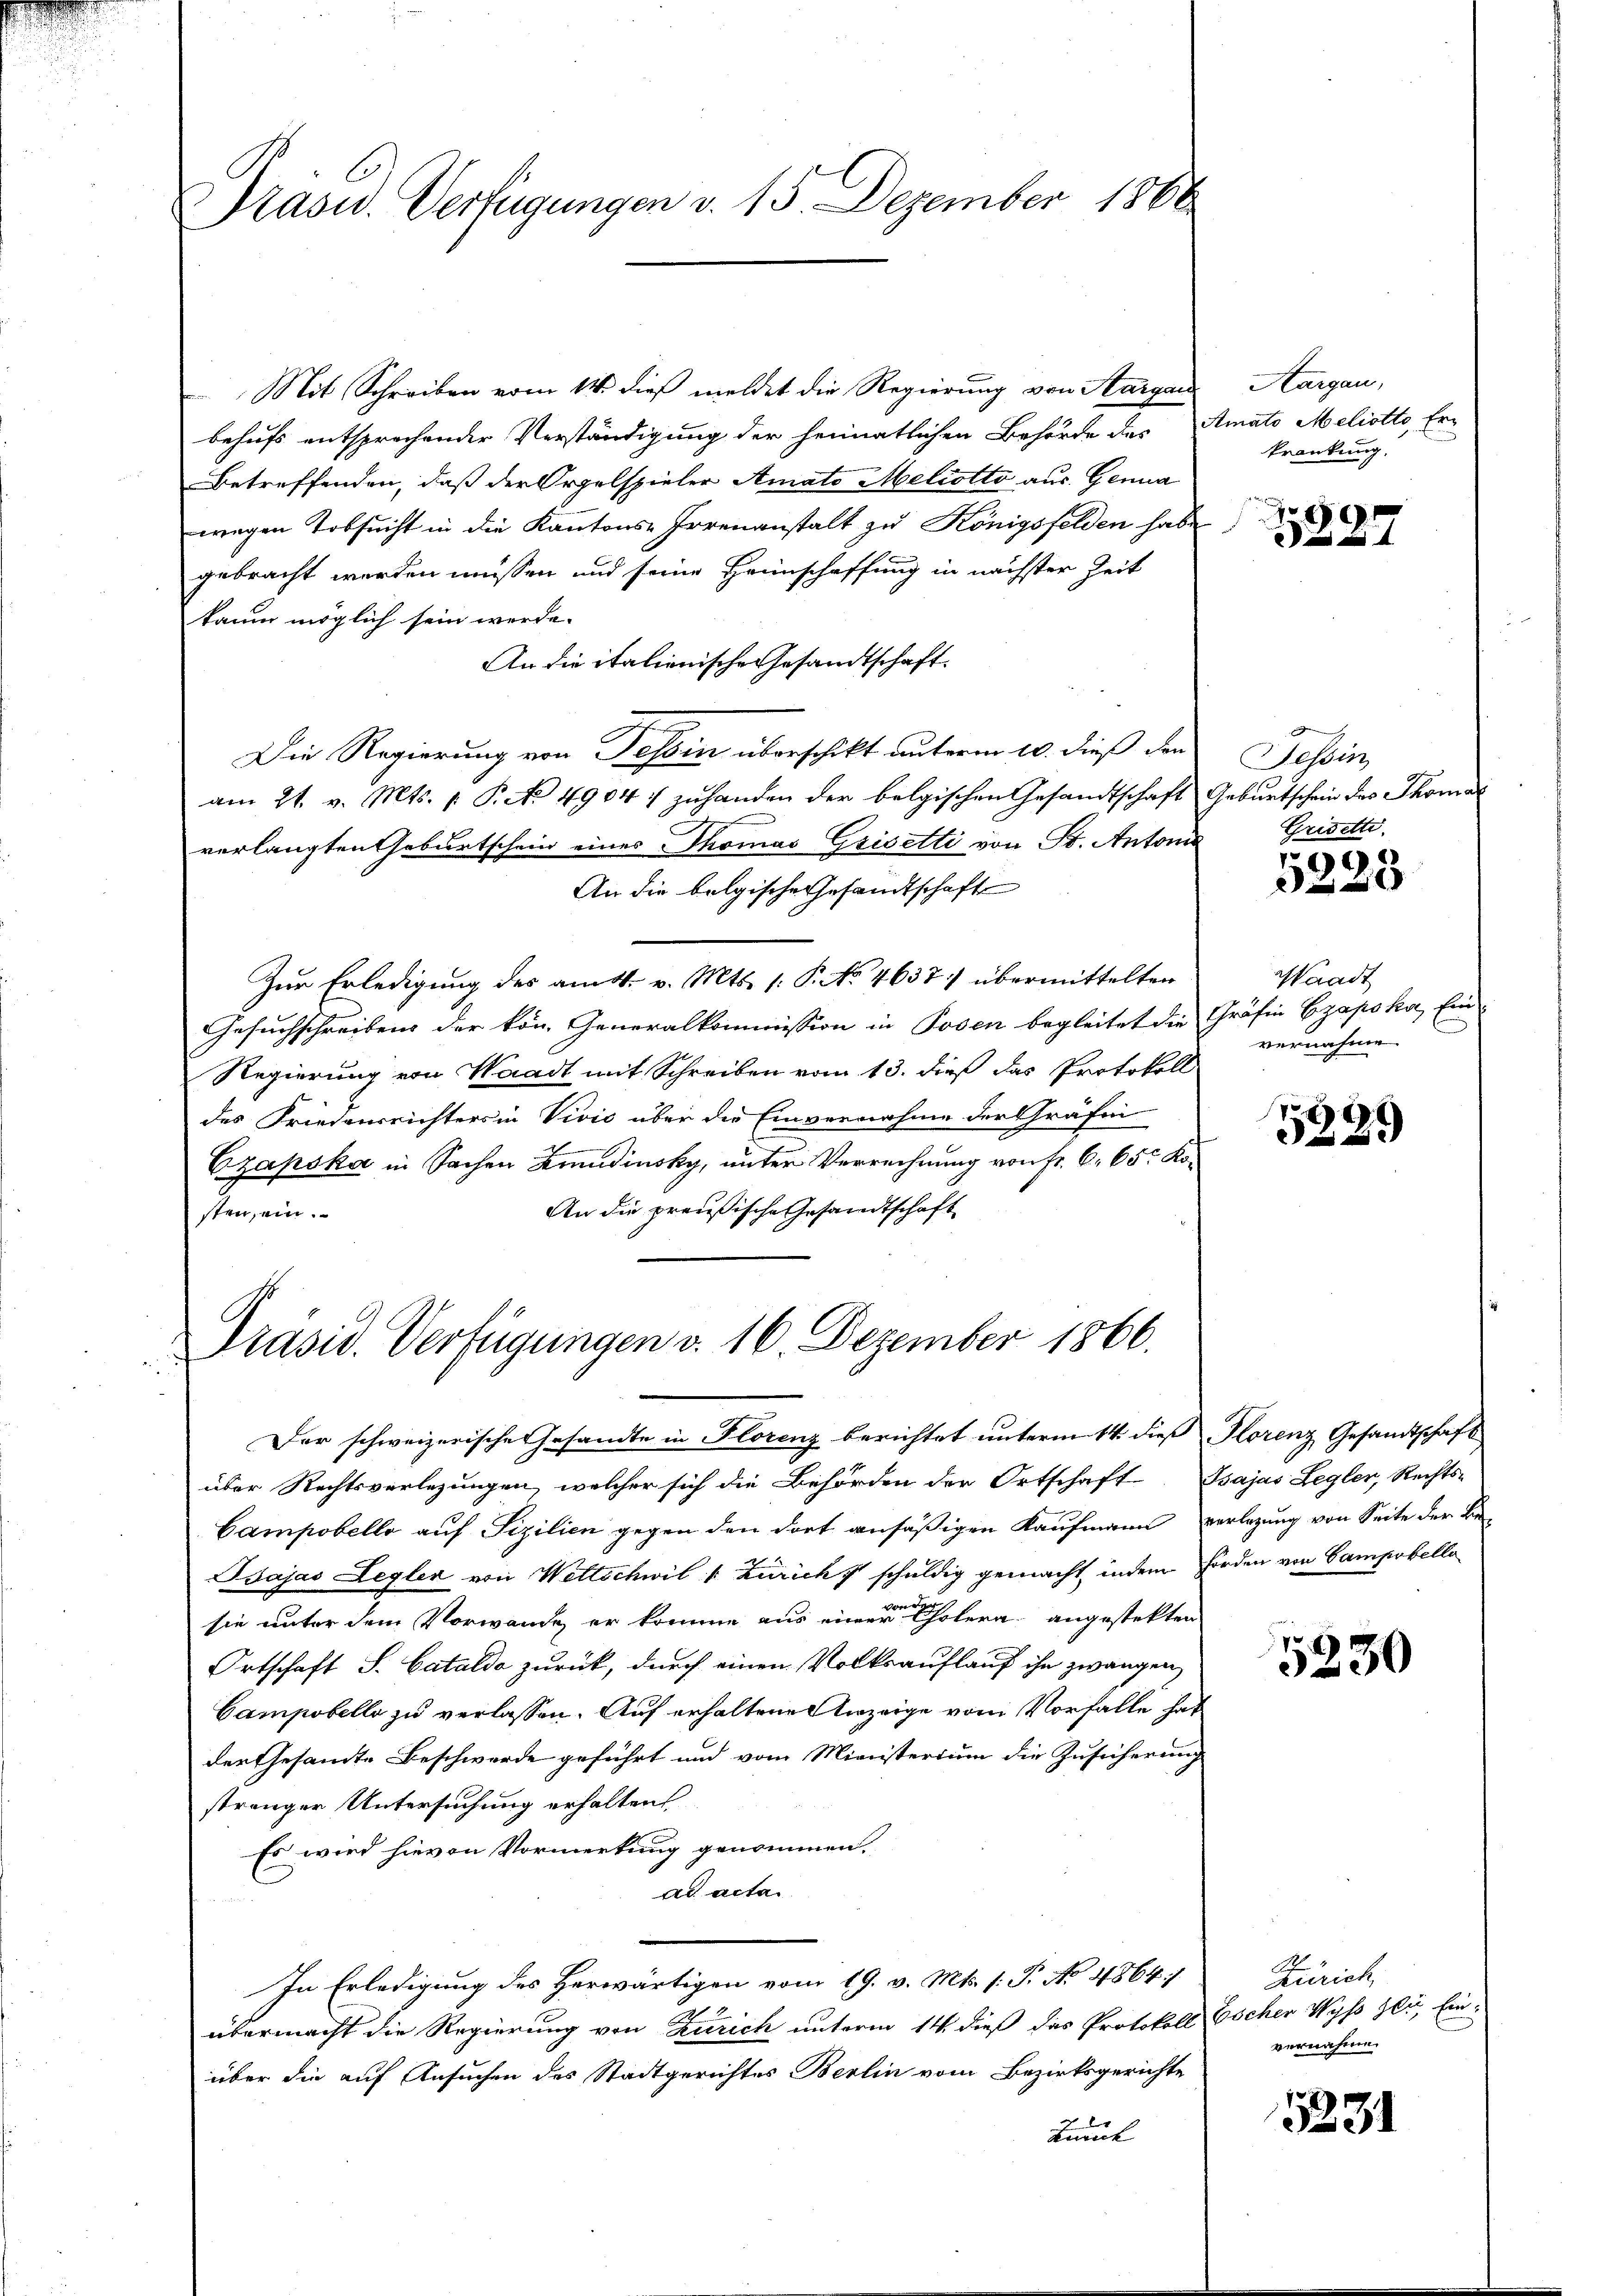
Prasid. Verfügungen v. 15. Dezember 1866

Mit Schreiben vom 14. dieß meldet die Regierung von Sargau
behufs entsprechender Verständigung der heimatlichen Behörde das Amato Meliotto Er-
Betreffenden, daß der Orgelspieler Amato Melcotto aus Genua
wegen Tobsucht in die Kantons-Irrenanstalt zu Königsfelden habe.
gebracht werden müssen und seine Heimschaffung in nächster Zeit
kaum möglich sein werde.
An die italienische Gesandtschaft.
Die Regierung von Tessin überschikt unterm 10. dieß den
am 21. v. Mts. p. P. No 49047 zuhanden der belgischen Gesandtschaft Geburtschein des Thoma
verlangten Geburtschein eines Thomas Grisetti von Dr. Antonis
An die belgische Gesandtschaft
Zur Erledigung des amtl. v. Mts. (: P. No. 4637 übermittelten
Gesuchschreibens der kön. Generalkommission in Posen begleitet die Gräfin Czapska, Ein¬
Regierung von Waadt mit Schreiben vom 13. dieß das Protokoll
des Friedensrichters in Vivić über die Einvernahme der Gräfin
Czapska in Sachen Kindinsky, unter Verrechnung von Fr. 6. 65 Ko¬
An die preußische Gesandtschaft
sten, ein.

Präsid. Verfügungen v. 16. Dezember 1866.

Der schweizerische Gesandte in Florenz berichtet unterm 14. dieß Florenz Gesandtschaft
über Rechtsverlegungen, welcher sich die Behörden der Ortschaft Bsajas Legler, Rechts-
Campobello auf Fizilien gegen den dort ansäßigen Kaufmann verlegung von Seite der Be-
Bajas Legler von Wettschwil " Zürich & schuldig gemacht, indem Förden von Campabella
sie unter dem Vorwande, er komme aus einer Cholera angestekten
Ortschaft S. Catalda zurück, durch einen Volksauflauf ihn zwangen,
Campobello zu verlassen. Auf erhaltene Anzeige vom Vorfalle hat
der Gesammte Beschwerde geführt und vom Ministerium die Zusicherung
strenger Untersuchung erhalten
Es wird hievon Vormerkung genommen.
ad acta.
In Erledigung des Herwärtigen vom 19. v. Mts. s. T. No 4864)
übermacht die Regierung von Zürich unterm 14. dieß das Protokoll Escher Wyss zur Einüber die auf Ansuchen des Stadtgerichtes Berlin vom Bezirksgerichte
Kunk

Aargau,
krankung.

Tessin,
Grisette.

9

Waadt
vernahme

5329

5230

Zürich
vernahmen

5231